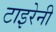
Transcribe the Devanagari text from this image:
टाइरेनी